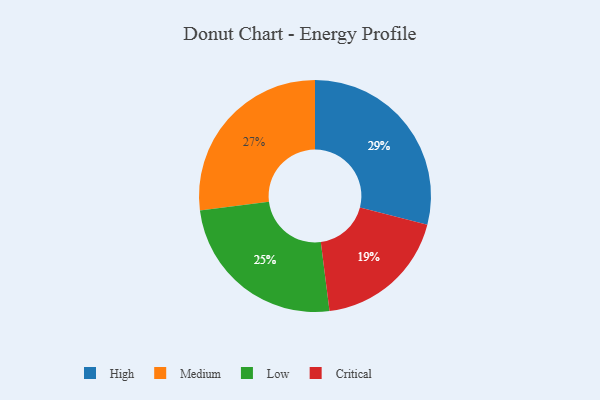
{"axis": {"x": "Category", "y": "Percentage"}, "legend": ["Critical", "High", "Low", "Medium"], "data": [{"x": "Medium", "y": 27, "type": "Medium"}, {"x": "Critical", "y": 19, "type": "Critical"}, {"x": "High", "y": 29, "type": "High"}, {"x": "Low", "y": 25, "type": "Low"}]}